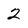
Character: 2